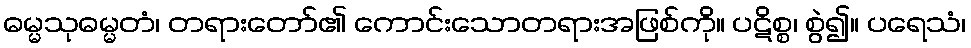
ဓမ္မသုဓမ္မတံ၊ တရားတော်၏ ကောင်းသောတရားအဖြစ်ကို။ ပဋိစ္စ၊ စွဲ၍။ ပရေသံ၊